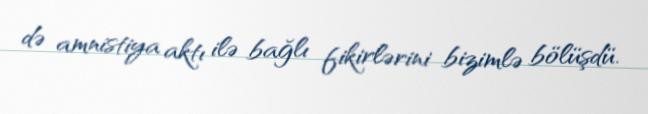
də amnistiya aktı ilə bağlı fikirlərini bizimlə bölüşdü.